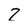
Character: 2